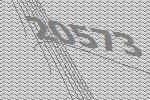
20573